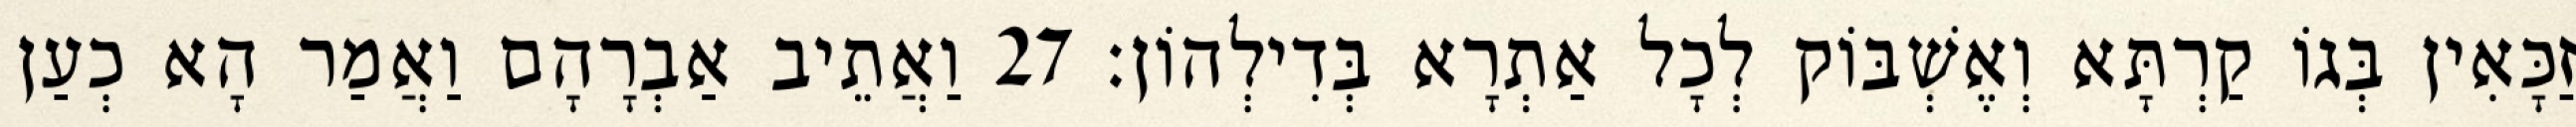
זַכָּאִין בְּגוֹ קַרְתָּא וְאֶשְׁבּוֹק לְכָל אַתְרָא בְּדִילְהוֹן׃ 27 וַאֲתֵיב אַבְרָהָם וַאֲמַר הָא כְעַן